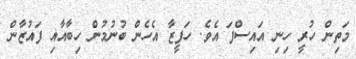
މަތިން ހުރީ ހިނި އައިސްފަ އެވެ. ހަފީޒާ އެހެން ބުނުމުން ހިބާއާއި ފައުޒާން